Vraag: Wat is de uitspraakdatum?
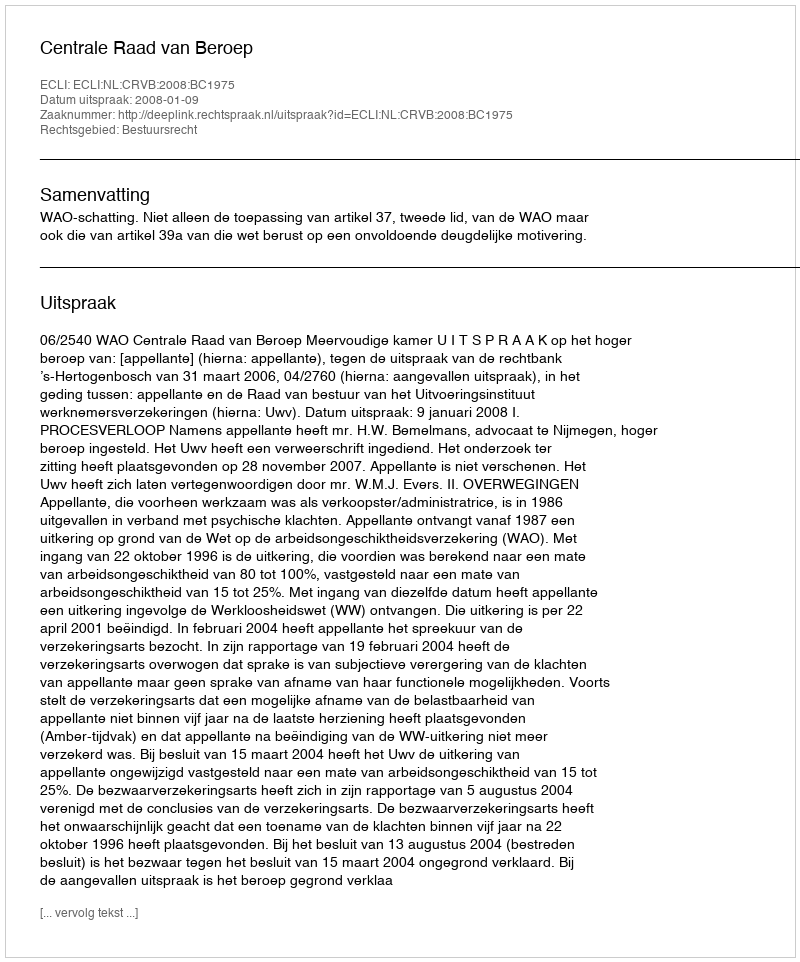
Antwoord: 2008-01-09